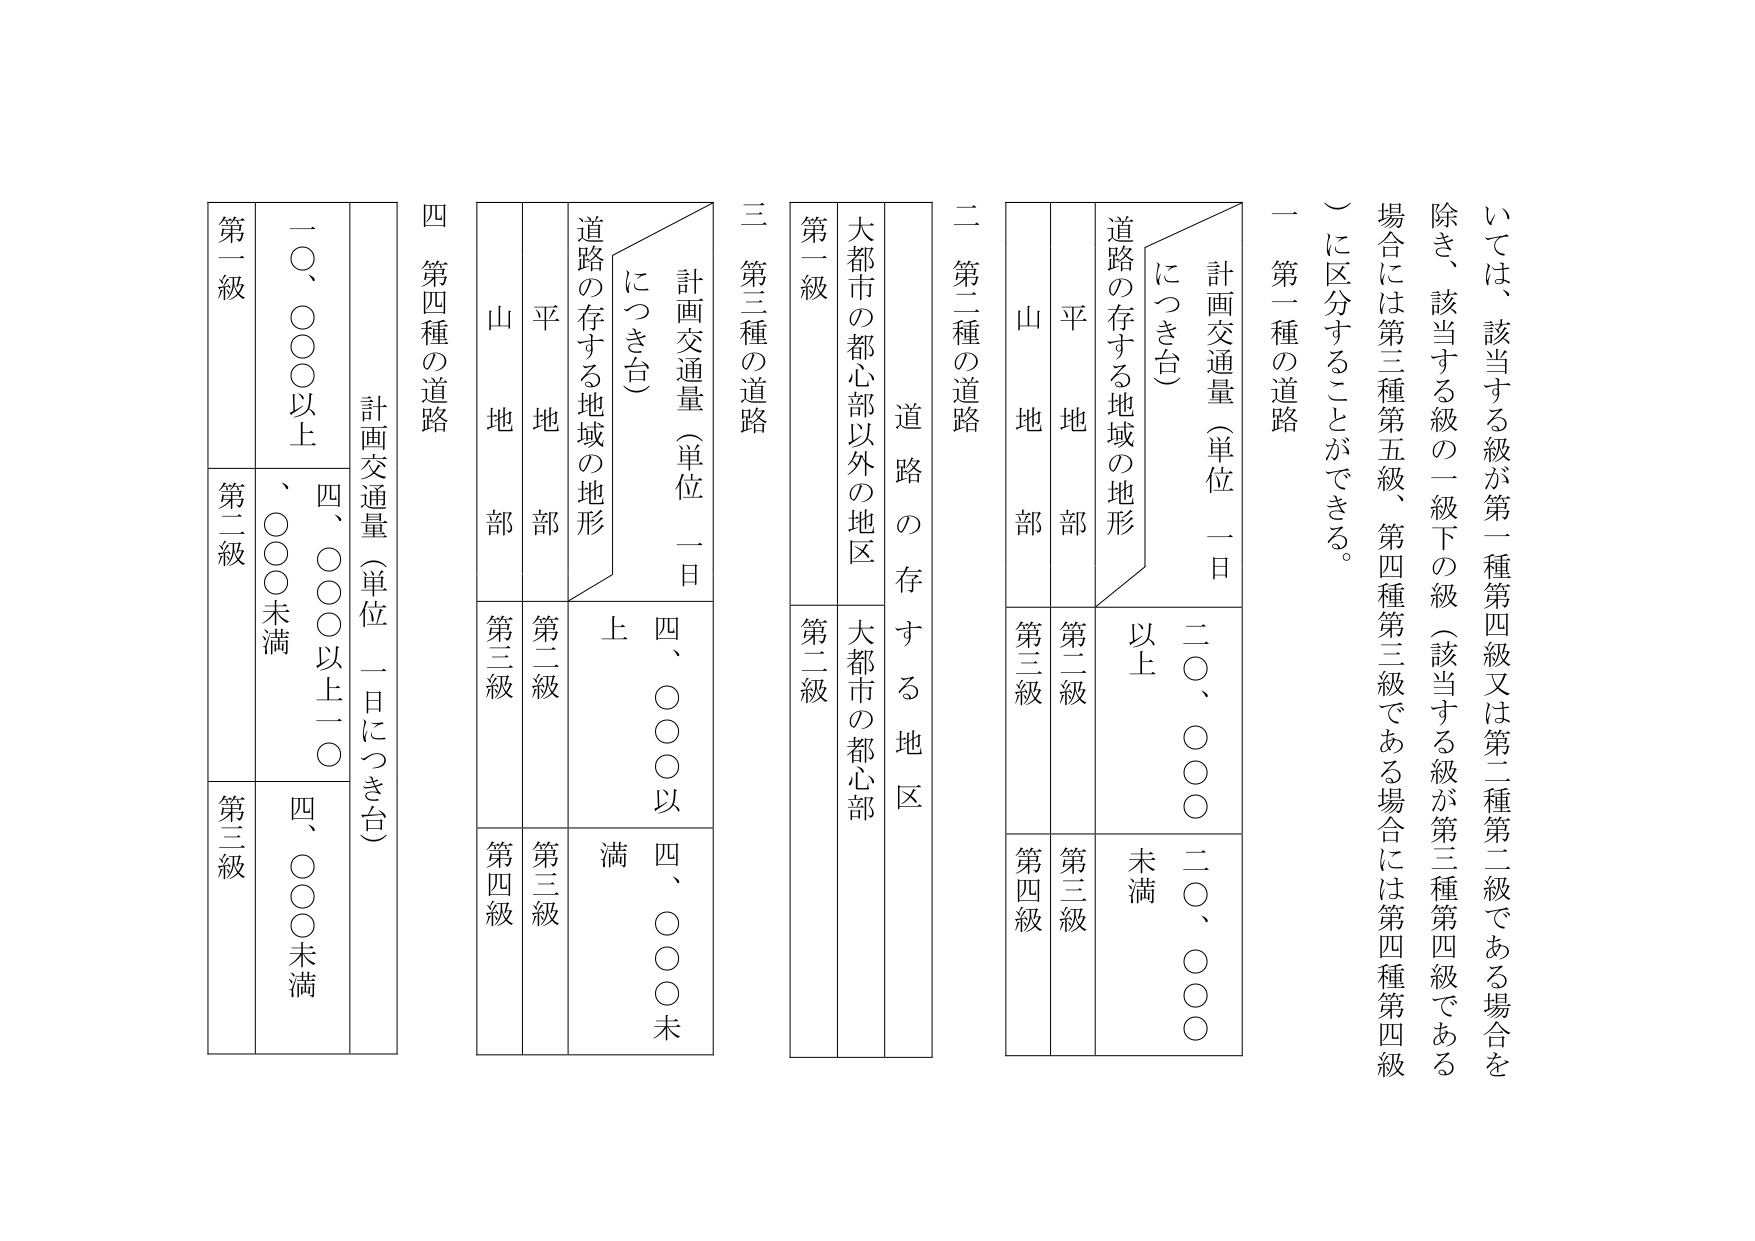
いては、該当する級が第一種第四級又は第二種第二級である場合を
除き、該当する級の一級下の級（該当する級が第三種第四級である
場合には第三種第五級、第四種第三級である場合には第四種第四級
）に区分することができる。
一 第一種の道路
二 第二種の道路
三 第三種の道路
四 第四種の道路
計画交通量（単位 一日につき台）
道路の存する地域の地形
平地部
山地部
計画交通量（単位 一日につき台）
道路の存する地域の地形
平地部
山地部
大都市の都心部以外の地区
大都市の都心部
二〇、〇〇〇以上
二〇、〇〇〇未満
第三級
第四級
第二級
第三級
四、〇〇〇以上
四、〇〇〇未満
第三級
第四級
第二級
第三級
一〇、〇〇〇以上
四、〇〇〇以上一〇、〇〇〇未満
四、〇〇〇未満
第一級
第二級
第三級